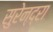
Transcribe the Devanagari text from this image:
सुरेन्द्रा